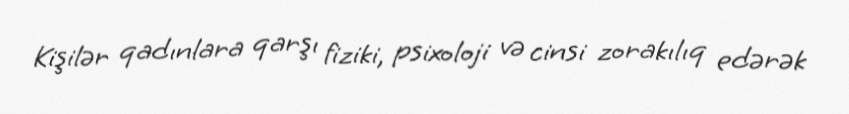
Kişilər qadınlara qarşı fiziki, psixoloji və cinsi zorakılıq edərək